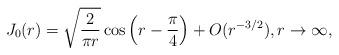
LaTeX: \begin{align*} J_0(r)=\sqrt{\frac{2}{\pi r}}\cos\Big(r-\frac{\pi}{4}\Big)+O(r^{-3/2}),r\to\infty,\end{align*}